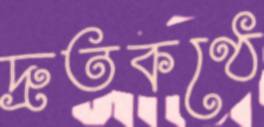
দ্রুতকণ্ঠে